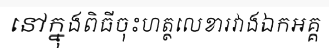
នៅក្នុងពិធីចុះហត្ថលេខារវាងឯកអគ្គ